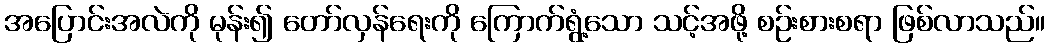
အပြောင်းအလဲကို မုန်း၍ တော်လှန်ရေးကို ကြောက်ရွံ့သော သင့်အဖို့ စဉ်းစားစရာ ဖြစ်လာသည်။